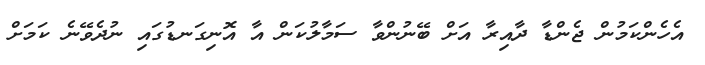
އެހެންކަމުން ޖެންޑާ ދާއިރާ އަށް ބޭނުންވާ ސަމާލުކަން އާ އޮނިގަނޑުގައި ނުދެވޭނެ ކަމަށް